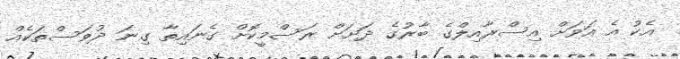
އެކު އެ އަވަށް އިސްރާއިލްގެ ބާރުގެ ދަށަށް ރަސްމީކޮށް ގެނައިތާ ގިނަ ދުވަސްތަކެއް